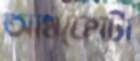
আধফোটা